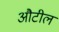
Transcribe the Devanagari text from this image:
औटील